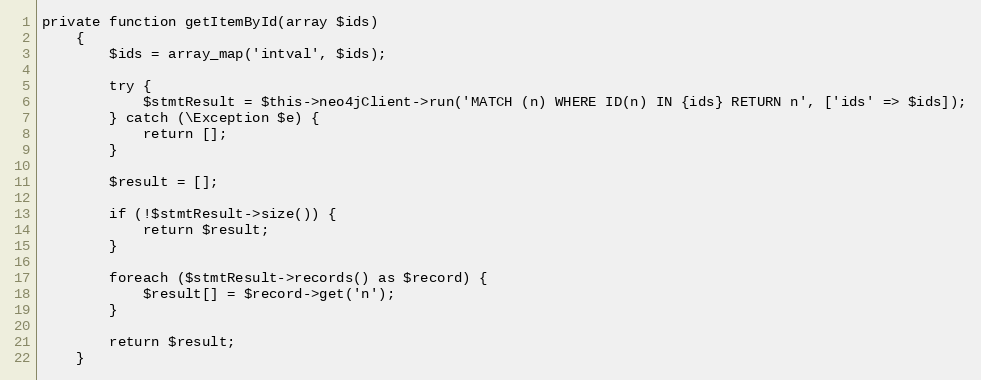
Language: PHP
private function getItemById(array $ids)
    {
        $ids = array_map('intval', $ids);

        try {
            $stmtResult = $this->neo4jClient->run('MATCH (n) WHERE ID(n) IN {ids} RETURN n', ['ids' => $ids]);
        } catch (\Exception $e) {
            return [];
        }

        $result = [];

        if (!$stmtResult->size()) {
            return $result;
        }

        foreach ($stmtResult->records() as $record) {
            $result[] = $record->get('n');
        }

        return $result;
    }